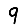
Digit: 9